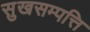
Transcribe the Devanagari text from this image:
सुखसम्पत्ति